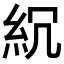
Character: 𥾚